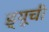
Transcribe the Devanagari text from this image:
ड्यूची